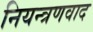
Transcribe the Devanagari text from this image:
नियन्त्रणवाद